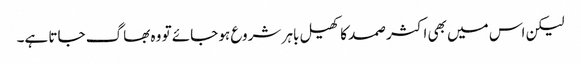
لیکن اس میں بھی اکثر صمد کا کھیل باہر شروع ہو جائے تو وہ بھاگ جاتا ہے۔